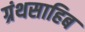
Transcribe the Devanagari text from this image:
ग्रंथसाहिब